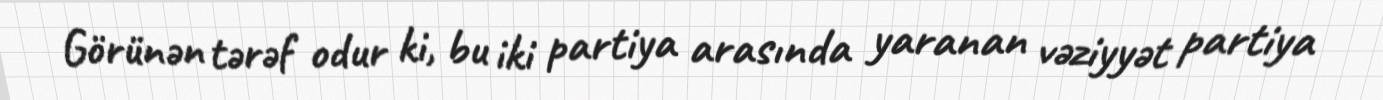
Görünən tərəf odur ki, bu iki partiya arasında yaranan vəziyyət partiya